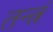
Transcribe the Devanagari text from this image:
तन्त्रं